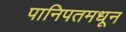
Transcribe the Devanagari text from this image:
पानिपतमधून